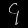
Digit: ၄